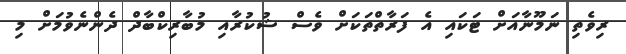
ރިވެތި ނަމޫނާއަށް ޓަކައި އެ ފަރާތްތަކަށް ވެސް ޝުކުރާއި މުބާރިކްބާދް ދެންނެވުމަށް މި